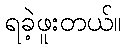
ရခဲ့ဖူးတယ်။